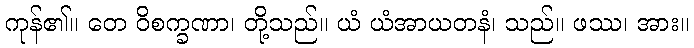
ကုန်၏။ တေ ဝိစက္ခဏာ၊ တို့သည်။ ယံ ယံအာယတနံ၊ သည်။ ဖဿ၊ အား။